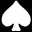
\spadesuit